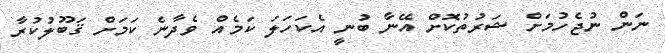
ނަން ނުޖެހުމަށް ޝަރުތުކޮށް އޭނާ ބުނީ އެކަހަލަ ކަމެއް ވެދާނެ ކަމަށް ޤަބޫލުކުރާ